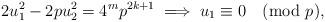
LaTeX: \begin{align*} 2u_{1}^{2} - 2pu_{2}^{2} = 4^{m}p^{2k+1} \implies u_{1} \equiv 0 \pmod p,\end{align*}